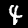
Digit: 4